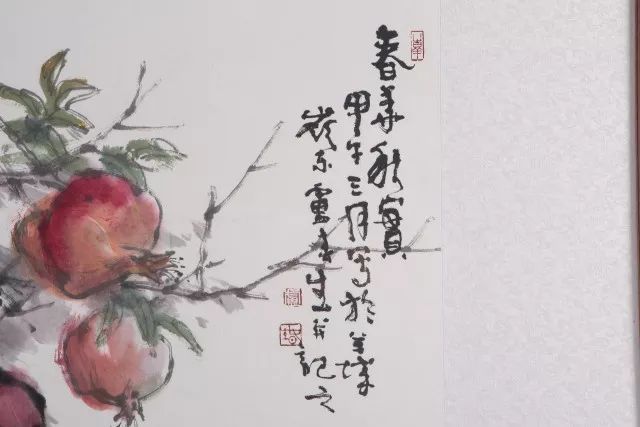
道虽迩，不行不至事虽小，不为不成。